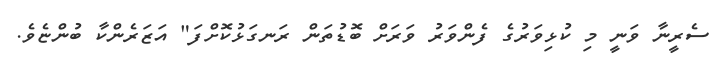
ސެރީނާ ވަނީ މި ކުޅިވަރުގެ ފެންވަރު ވަރަށް ބޮޑުތަން ރަނގަޅުކޮށްފަ" އަޒަރެންކާ ބުންޏެވެ.